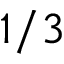
1 / 3